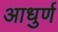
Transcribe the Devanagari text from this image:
आधुर्ण